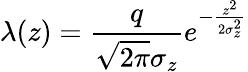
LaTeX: \lambda(z)=\frac{q}{\sqrt{2\pi}\sigma_{z}}e^{-\frac{z^{2}}{2\sigma_{z}^{2}}}